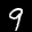
Label: 9